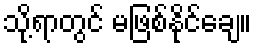
သို့ရာတွင် မဖြစ်နိုင်ချေ။